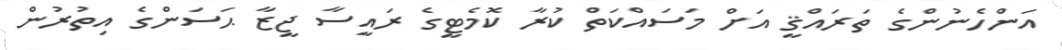
އަންހެނުންގެ ތަރައްޤީ އަށް މަސައްކަތް ކުރާ ކޮމެޓީގެ ރައީސާ ޖީޒާ ޙަސަންގެ އިތުރުން